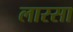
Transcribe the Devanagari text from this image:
लारसा